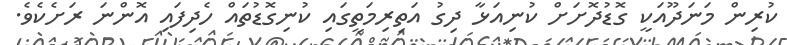
ކުރިން މަނަދޫއަކީ ގޮޑުދޮށަށް ކުނިއަޅާ ދިގު އަތިރިމަތީގައި ކުނިގޮޑުތައް ހެދިފައި އޮންނަ ރަށެކެވެ.